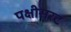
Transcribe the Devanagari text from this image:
पक्षीसरट